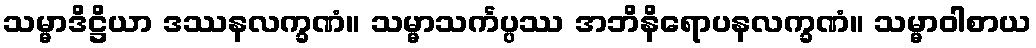
သမ္မာဒိဋ္ဌိယာ ဒဿနလက္ခဏံ။ သမ္မာသင်္ကပ္ပဿ အဘိနိရောပနလက္ခဏံ။ သမ္မာဝါစာယ